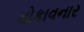
ચોકાવનાર